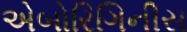
એબોરિગિનીસ